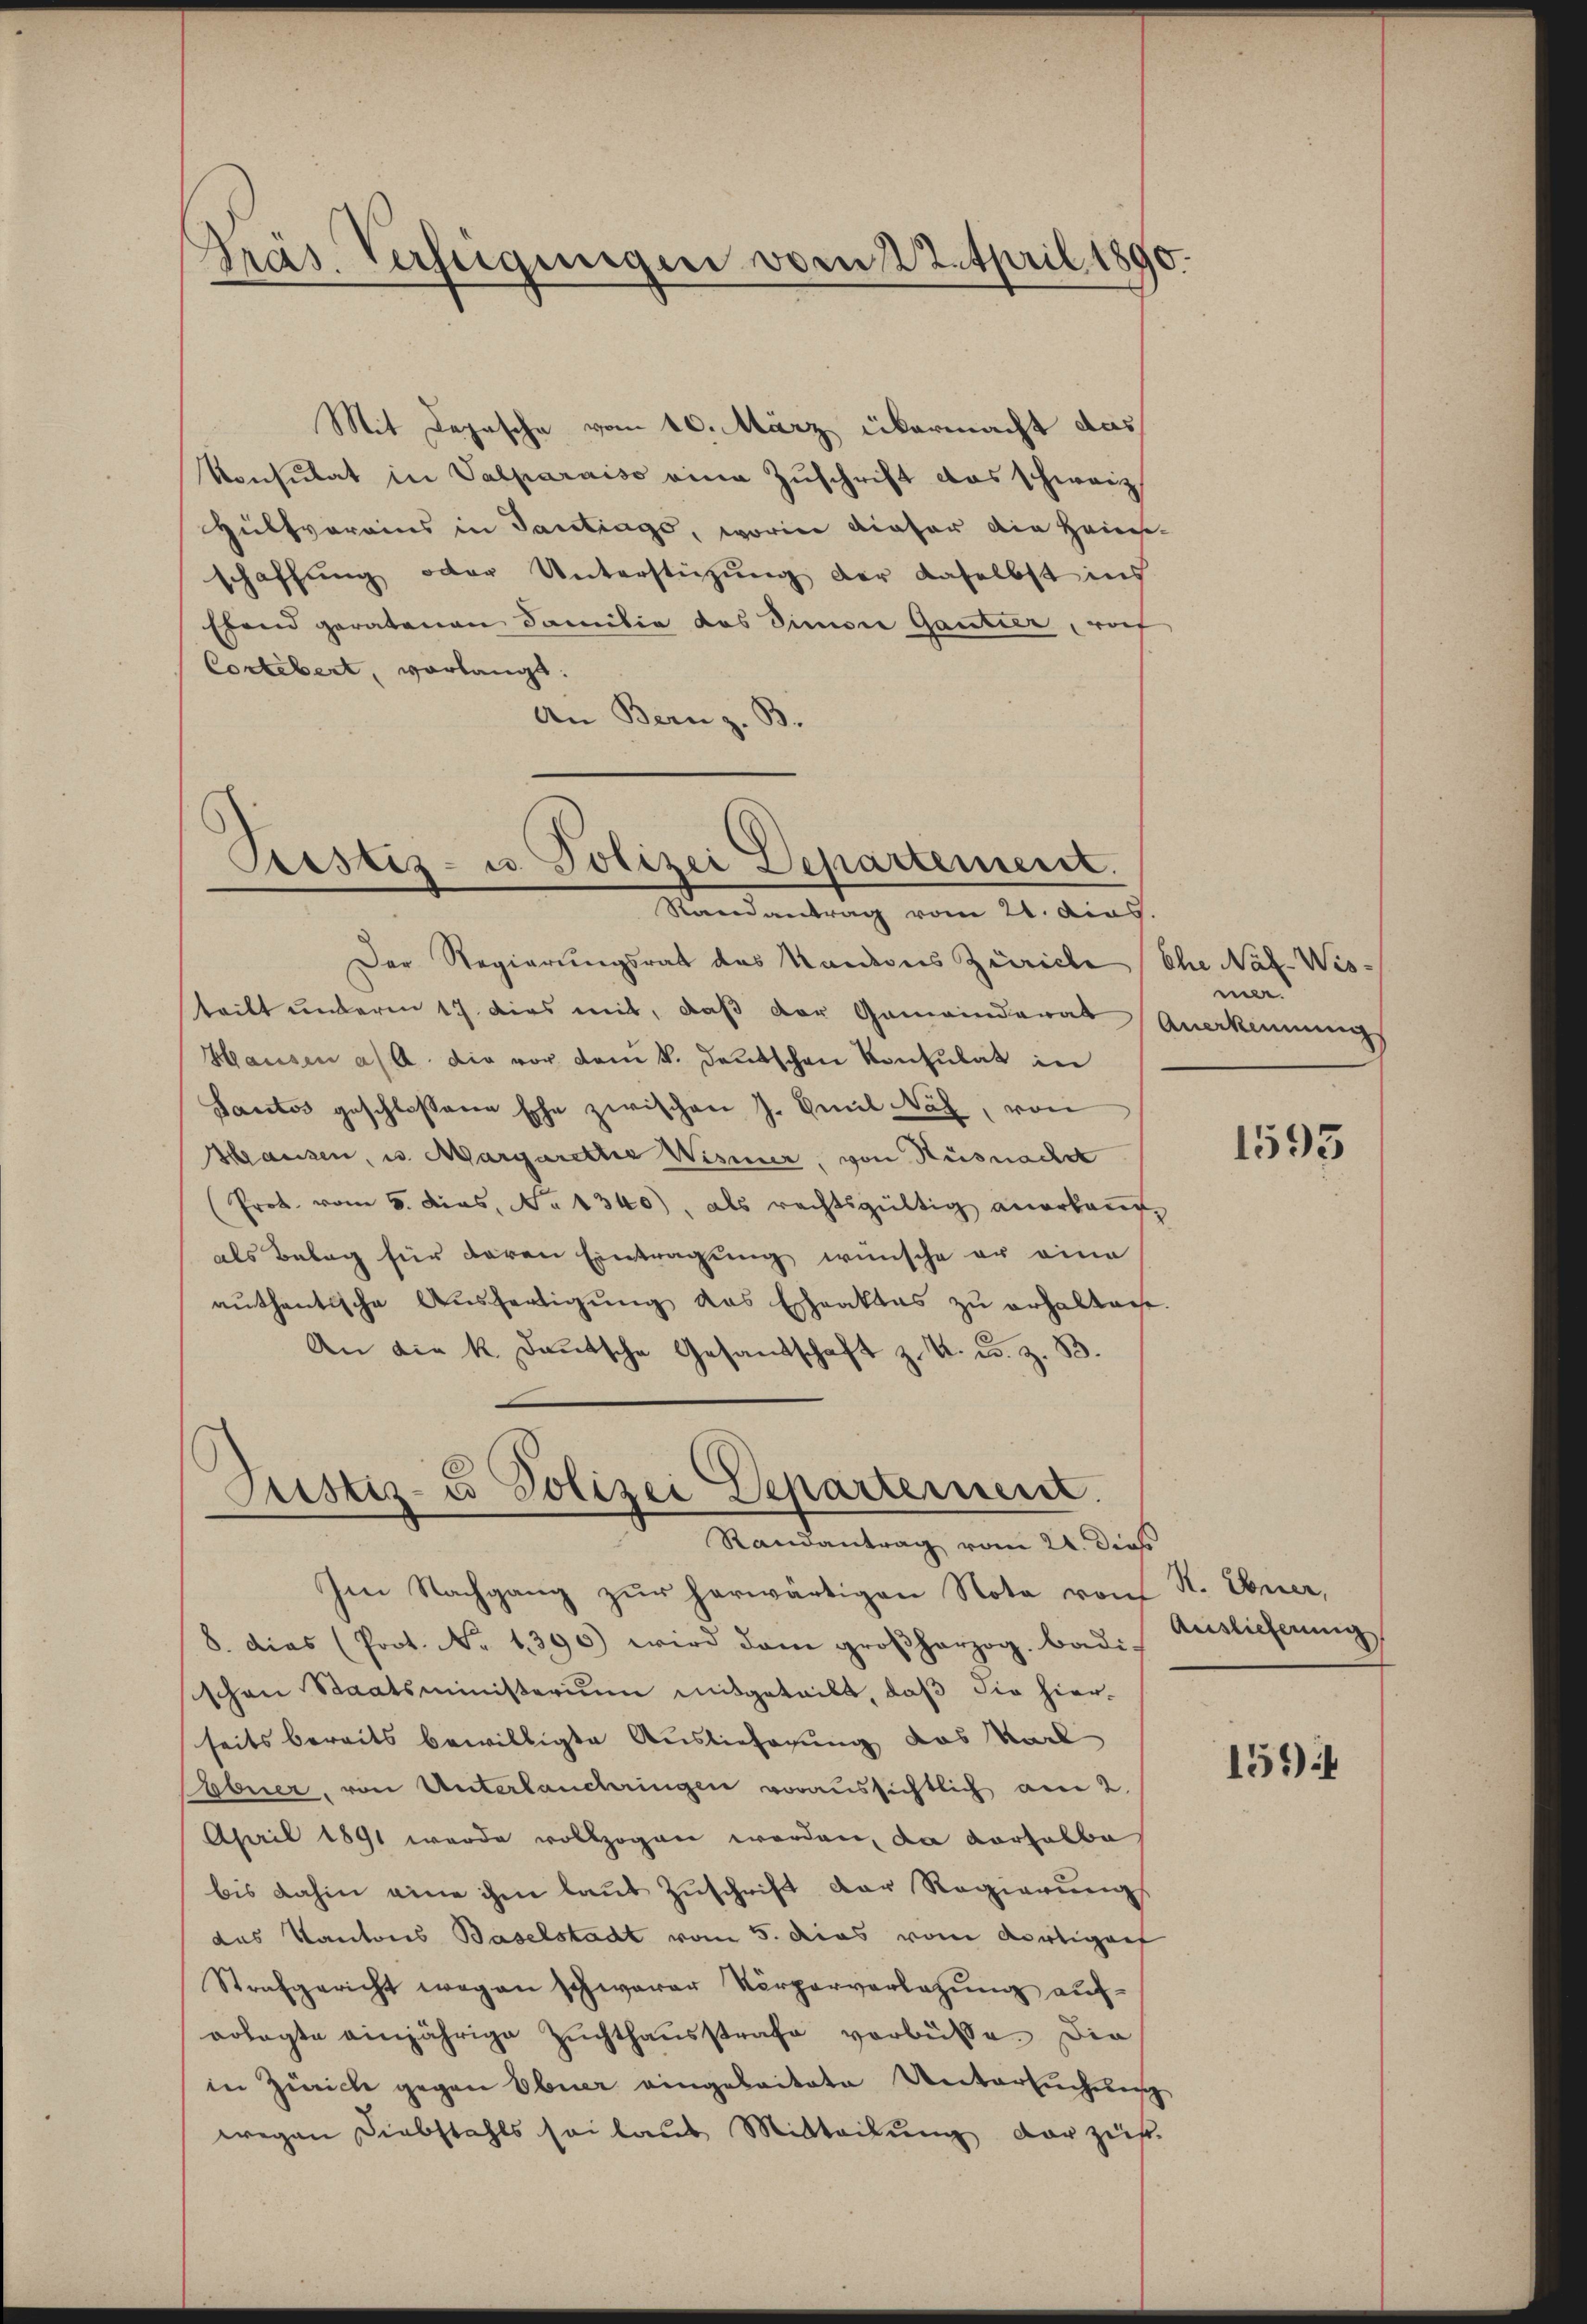
Präs. Verfügungen vom 22. April 1890.

Mit Depesche vom 10. März übermacht das
Konsulat in Valparaiso eine Zuschrift das schweiz.
Hülfvorains in Gantrags, worin dieser die Haus-
schaffung oder Unterstüzung der daselbst ins
ffend geratenen Familie das Simon Gantier, wof
Cortebert, vorlangt.
An Bern z. B.

Prestes- u. Polizei Departement.
Randantrag vom 21. das.

Der Regierungsrat des Kanderes Zürich Ehe Nat-Wisteilt underen 17. dies mit, daß der Gemeinderat Anerkennungs
Hausen a/A. die vor dem k. deutschen Konsulat in
Sautos geschlossene Ehe zwischen J. Emil Näf, von
Hausen, u. Margaretter Wismer, von Küsnach
(Prot. vom 5. dies, No 1340), als rechtsgültig anerkaŭf
als Belag für daren Eintragung wünsche er eine
authentische Ausfertigung das Eheaktes zu erhalten.
An die k. Deutsche Gesandschaft z. K. u. z. B.

Justiz- u Polizei Departernen.
Randantrag vom 21. dies

Im Nachgang zur herwärtigen Nota von N. Ebner,
8. dies (Prot. No. 1390) wird dem großherzog. badi-
schen Staatsministerium mitgeteilt, daß die hierseits bereits bewilligte Auslieferung des Karl
Babuer, von Unterlauchungen voraussichtlich am 2.
April 1891 wurde vollzogen worden, da vorhalbe
bis dahin eine ihm laut Zuschrift der Regierungs
das Kantons Baselstadt vom 5. dies vom dortigenf
Strafgericht wegen schwerer Körperverlegung aufoolagte einjährige Zuchthausstrafe verbüsse. Die
in Zürich gegen Ebner eingebaitate Untersuchung
wegen Diebstahls sei laut Mitteilung der zus.

mer.

1593

Auslieferung

151)